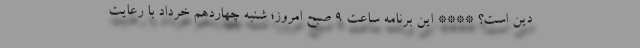
دین است؟ **** این برنامه ساعت ۹ صبح امروز؛ شنبه چهاردهم خرداد با رعایت